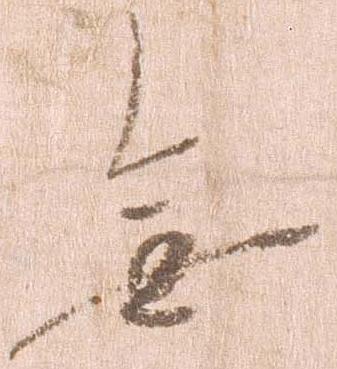
無